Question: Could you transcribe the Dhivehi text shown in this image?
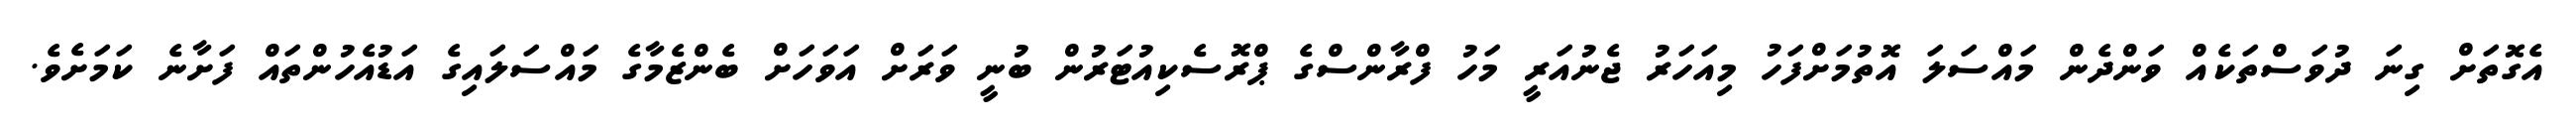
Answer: އެގޮތަށް ގިނަ ދުވަސްތަކެއް ވަންދެން މައްސަލަ އޮތުމަށްފަހު މިއަހަރު ޖެނުއަރީ މަހު ފްރާންސްގެ ޕްރޮސެކިއުޓަރުން ބުނީ ވަރަށް އަވަހަށް ބެންޒެމާގެ މައްސަލައިގެ އަޑުއެހުންތައް ފަށާނެ ކަމަށެވެ.